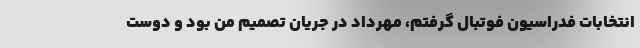
انتخابات فدراسیون فوتبال گرفتم، مهرداد در جریان تصمیم من بود و دوست